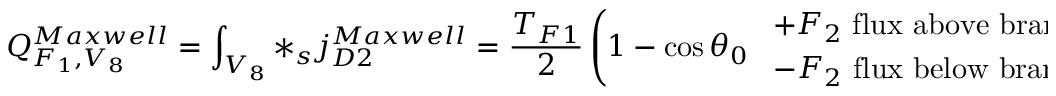
Q _ { F _ { 1 } , V _ { 8 } } ^ { M a x w e l l } = \int _ { V _ { 8 } } * _ { s } j _ { D 2 } ^ { M a x w e l l } = \frac { T _ { F 1 } } { 2 } \left( 1 - \cos \theta _ { 0 } \ \ { + F _ { 2 } \ { \mathrm { f l u x \ a b o v e \ b r a n e } } \atop { - F _ { 2 } \ \mathrm { f l u x \ b e l o w \ b r a n e } } } \right) ,